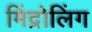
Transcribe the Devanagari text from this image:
मिंद्रोलिंग